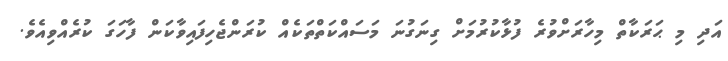
އަދި މި ޙަރަކާތް މިހާރަށްވުރެ ފުޅާކުރުމަށް ގިނަގުނަ މަސައްކަތްތަކެއް ކުރަންޖެހިފައިވާކަން ފާހަގަ ކުރެއްވިއެވެ.